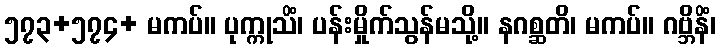
၅၇၃+၅၇၄+ မကပ်။ ပုက္ကုသိံ၊ ပန်းမှိုက်သွန်မသို့။ နဂစ္ဆတိ၊ မကပ်။ ဂဗ္ဘိနိံ၊